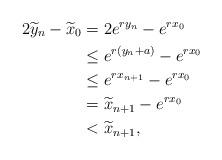
LaTeX: \begin{align*} 2\widetilde y_n - \widetilde x_0 & = 2e^{ry_n} - e^{rx_0} \\ & \leq e^{r(y_n+a)} - e^{rx_0} \\ & \leq e^{rx_{n+1}} -e^{rx_0} \\ & =\widetilde x_{n+1} - e^{rx_0} \\ & < \widetilde{x}_{n+1},\end{align*}